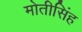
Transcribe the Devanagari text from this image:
मोतीसिंह